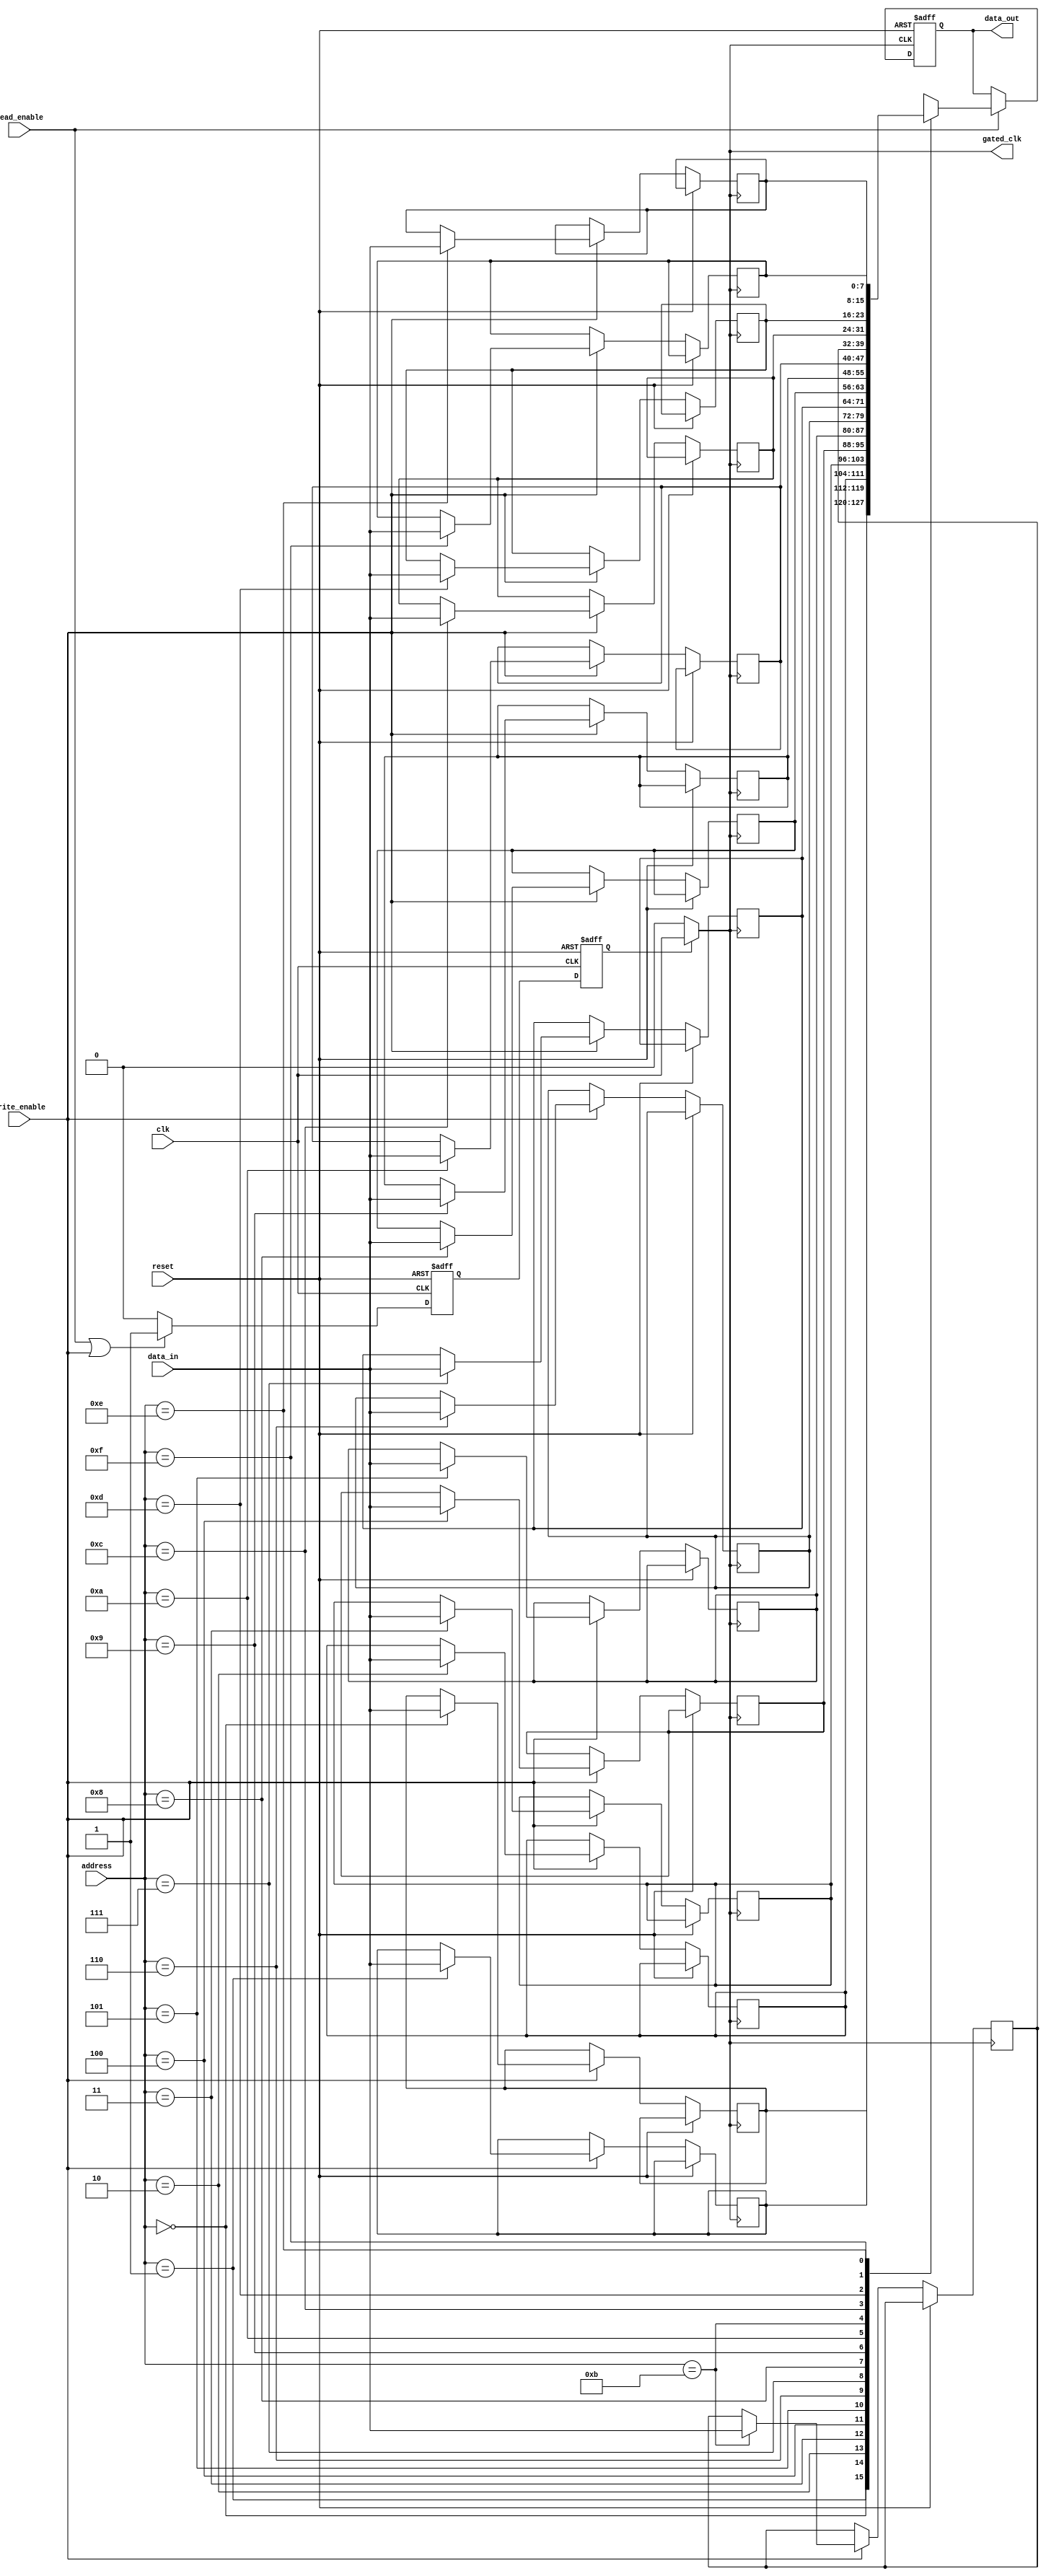
module memory_block (
    input wire clk,               // Original clock signal
    input wire reset,             // Reset signal
    input wire [7:0] data_in,     // Data input for write operations
    input wire [3:0] address,     // Address input
    input wire read_enable,        // Read enable signal
    input wire write_enable,       // Write enable signal
    output reg [7:0] data_out,     // Data output for read operations
    output wire gated_clk          // Gated clock output
);

    // Memory array
    reg [7:0] memory_array [0:15]; // 16x8 memory array

    // Activity signal
    reg activity_signal;

    // Activity Detector
    always @(posedge clk or posedge reset) begin
        if (reset) begin
            activity_signal <= 1'b0;
        end else begin
            if (read_enable || write_enable) begin
                activity_signal <= 1'b1; // Activity detected
            end else begin
                activity_signal <= 1'b0; // No activity
            end
        end
    end

    // Clock Gating Logic
    reg gated_clk_reg;
    always @(posedge clk or posedge reset) begin
        if (reset) begin
            gated_clk_reg <= 1'b0;
        end else begin
            gated_clk_reg <= activity_signal; // Gated clock follows activity
        end
    end

    assign gated_clk = gated_clk_reg ? clk : 1'b0; // Gated clock output

    // Memory operations
    always @(posedge gated_clk or posedge reset) begin
        if (reset) begin
            data_out <= 8'b0; // Reset data output
        end else begin
            if (write_enable) begin
                memory_array[address] <= data_in; // Write operation
            end
            if (read_enable) begin
                data_out <= memory_array[address]; // Read operation
            end
        end
    end

endmodule